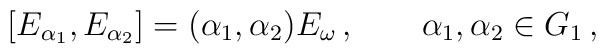
[E_{\alpha_1},E_{\alpha_2}]= (\alpha_1,\alpha_2) E_{\omega}\, ,\qquad\alpha_1,\alpha_2\in G_1\, ,